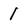
Character: 1